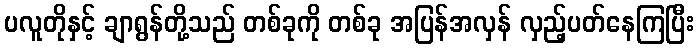
ပလူတိုနှင့် ချာရွန်တို့သည် တစ်ခုကို တစ်ခု အပြန်အလှန် လှည့်ပတ်နေကြပြီး